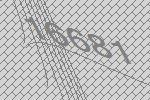
16681